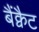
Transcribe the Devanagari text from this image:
बैंक्वैट